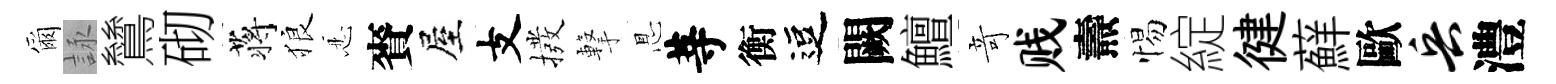
爾詠鷥砌蒋狼忍賚屋支撥撃㤙䓁衡逗闕鱣竒贱燾惕綻徤蘚歐兵澧